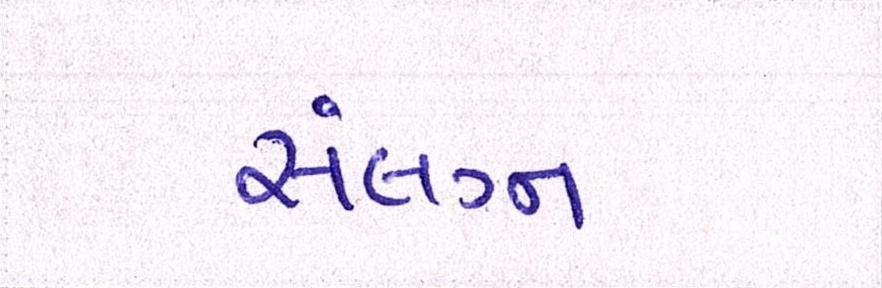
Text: સંલગ્ન